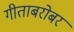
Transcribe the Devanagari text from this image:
गीताबरोबर